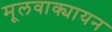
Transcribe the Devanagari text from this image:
मूलवाक्यायन